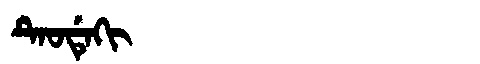
Manchu: ᡨᡝᠣᡩᡝᡴᡳ
Romanization: TEODEKI